Sketch of the medical history of the native army of Bombay, for the year
Year: 1875
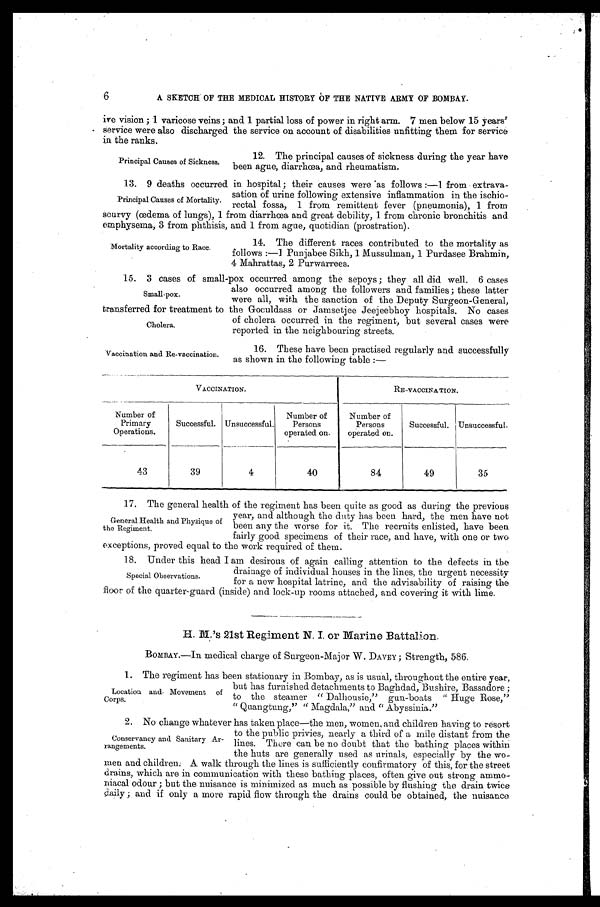
6
A SKETCH OF THE MEDICAL HISTORY OF THE NATIVE ARMY OF BOMBAY.
ire vision; 1 varicose veins; and 1 partial loss of power in right arm. 7 men below 15 years'
service were also discharged the service on account of disabilities unfitting them for service
in the ranks.
Principal Causes of Sickness.
12. The principal causes of sickness during the year have
been ague, diarrhœa, and rheumatism.
13. 9 deaths occurred in hospital; their causes were as follows:—1 from extrava
-sation of urine following extensive inflammation in the ischio
-rectal fossa, 1 from remittent fever (pneumonia), 1 from
scurvy (œdema of lungs), 1 from diarrhœa and great debility, 1 from chronic bronchitis and
emphysema, 3 from phthisis, and 1 from ague, quotidian (prostration).
Principal Causes of Mortality.
Mortality according to Race.
14. The different races contributed to the mortality as
follows:—1 Punjabee Sikh, 1 Mussulman, 1 Purdasee Brahmin,
4 Mahrattas, 2 Purwarrees.
15. 3 cases of small-pox occurred among the sepoys; they all did well. 6 cases
also occurred among the followers and families; these latter
were all, with the sanction of the Deputy Surgeon-General,
transferred for treatment to the Goculdass or Jamsetjee Jeejeebhoy hospitals. No cases
of cholera occurred in the regiment, but several cases were
reported in the neighbouring streets.
Small-pox.
Cholera.
Vaccination and Re-vaccination.
16. These have been practised regularly and successfully.
as shown in the following table:—
VACCINATION.
RE-VACCINATION.
Nu mb e r o f
Primary
Operations.
Successful. Unsuccessful.
Number of
Persons
operated on.
Number of
Persons
operated on.
Successful. Unsuccessful.
43
39
4
40
84
49
35
17. The general health of the regiment has been quite as good as during the previous
year, and although the duty has been hard, the men have not
been any the worse for it. The recruits enlisted, have been
fairly good specimens of their race, and have, with one or two
exceptions, proved equal to the work required of them.
18. Under this head I am desirous of again calling attention to the defects in the
drainage of individual houses in the lines, the urgent necessity
for a new hospital latrine, and the advisability of raising the
floor of the quarter-guard (inside) and lock-up rooms attached, and covering it with lime.
H. M.'s 21st Regiment N. I. or Marine Battalion.
BOMBAY.—In medical charge of Surgeon-Major W. DAVEY; Strength, 586.
1. The regiment has been stationary in Bombay, as is usual, throughout the entire year,
but has furnished detachments to Baghdad, Bushire, Bassadore;
to the steamer "Dalhousie," gun-boats "Huge Rose,"
"Quangtung," "Magdala," and "Abyssinia."
2. No change whatever has taken place—the men, women, and children having to resort
to the public privies, nearly a third of a mile distant from the
lines. There can be no doubt that the bathing places within
the huts are generally used as urinals, especially by the wo
- m e n a n d c h i l d r e n . A w a l k t h r o u g h t h e l i n e s i s s u f f i c i e n t l y c o n f i r m a t o r y o f t h i s , f o r t h e s t r e e t
drains, which are in communication with these bathing places, often give out strong amm
o - n i a c a l o d o u r ; b u t t h e n u i s a n c e i s m i n i m i z e d a s m u c h a s p o s s i b l e b y f l u s h i n g t h e d r a i n t w i c e
d a i l y ; a n d i f o n l y a m o r e r a p i d f l o w t h r o u g h t h e d r a i n s c o u l d b e o b t a i n e d , t h e n u i s a n c e .
General Health and Physique of
the Regiment.
Special Observations.
Location and. Movement of
Corps.
Conservancy and Sanitary Ar
-rangements.